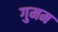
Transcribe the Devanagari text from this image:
गुमम